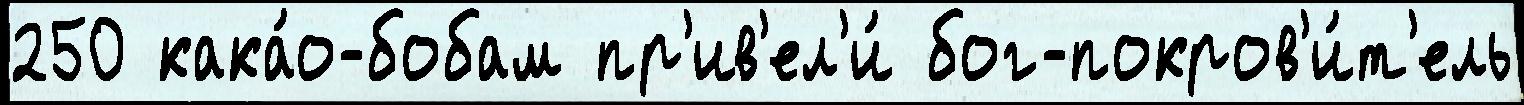
250 кака́о-бобам пр'ив'ел'и́ бог-покров'и́т'ель